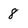
Character: 8